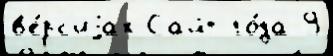
в'е́рс'иjах Сайт го́да 9